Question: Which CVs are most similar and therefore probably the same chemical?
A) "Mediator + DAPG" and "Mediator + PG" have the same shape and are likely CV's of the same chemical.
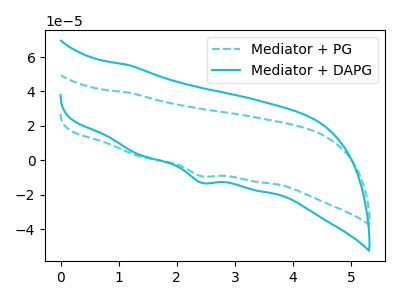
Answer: <think>The cyan dashed curve "Mediator + PG" has a cathodic peak at: (2.40V, -9.25uA). The cyan curve "Mediator + DAPG" has a cathodic peak at: (2.40V, -13.05uA).
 All the peaks in "Mediator + PG" have a peak in "Mediator + DAPG" at the same potential. Every peak in "Mediator + PG" is lower than every peak in "Mediator + DAPG".</think>
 <answer>A) "Mediator + DAPG" and "Mediator + PG" have the same shape and are likely CV's of the same chemical.</answer>
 <eval>A</eval>